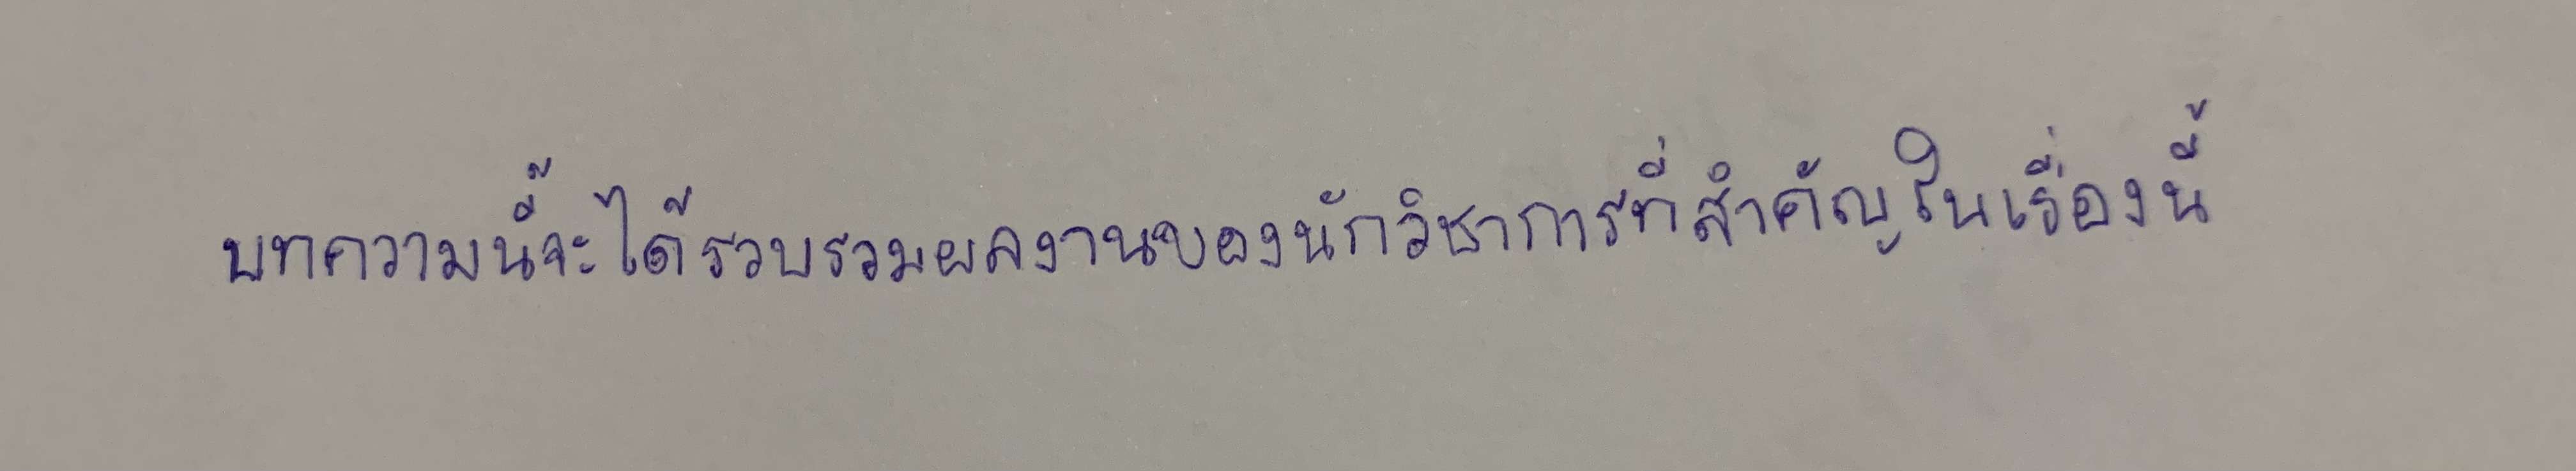
บทความนี้จะได้รวบรวมผลงานของนักวิชาการที่สำคัญในเรื่องนี้